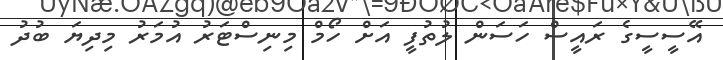
އޭސީސީގެ ރައީސް ހަސަން ލުތުފީ އަށް ހޯމް މިނިސްޓަރު އުމަރު މިދިޔަ ބުދު